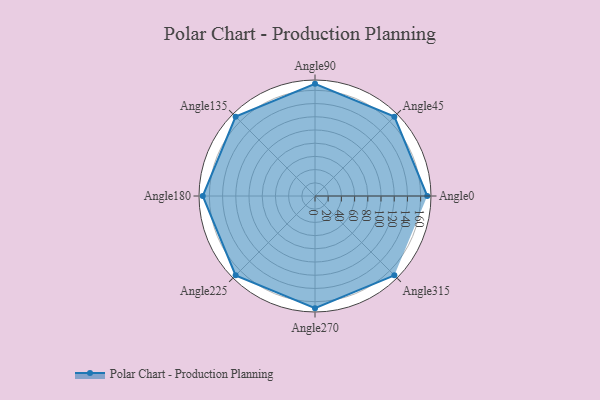
{"axis": {"x": "Angle", "y": "Radius"}, "legend": [""], "data": [{"x": "Angle0", "y": 170, "type": ""}, {"x": "Angle45", "y": 170, "type": ""}, {"x": "Angle90", "y": 170, "type": ""}, {"x": "Angle135", "y": 170, "type": ""}, {"x": "Angle180", "y": 170, "type": ""}, {"x": "Angle225", "y": 170, "type": ""}, {"x": "Angle270", "y": 170, "type": ""}, {"x": "Angle315", "y": 170, "type": ""}]}